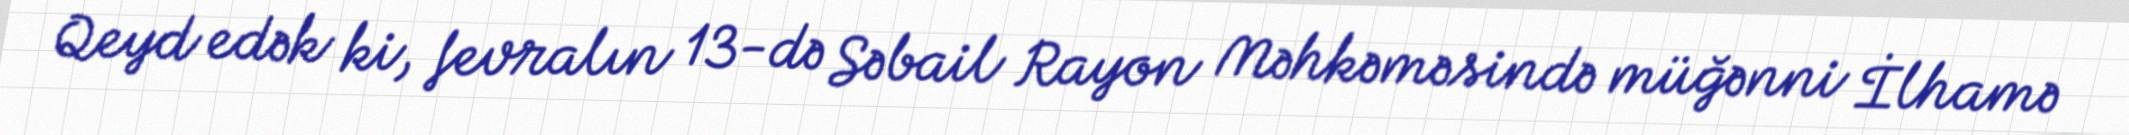
Qeyd edək ki, fevralın 13-də Səbail Rayon Məhkəməsində müğənni İlhamə